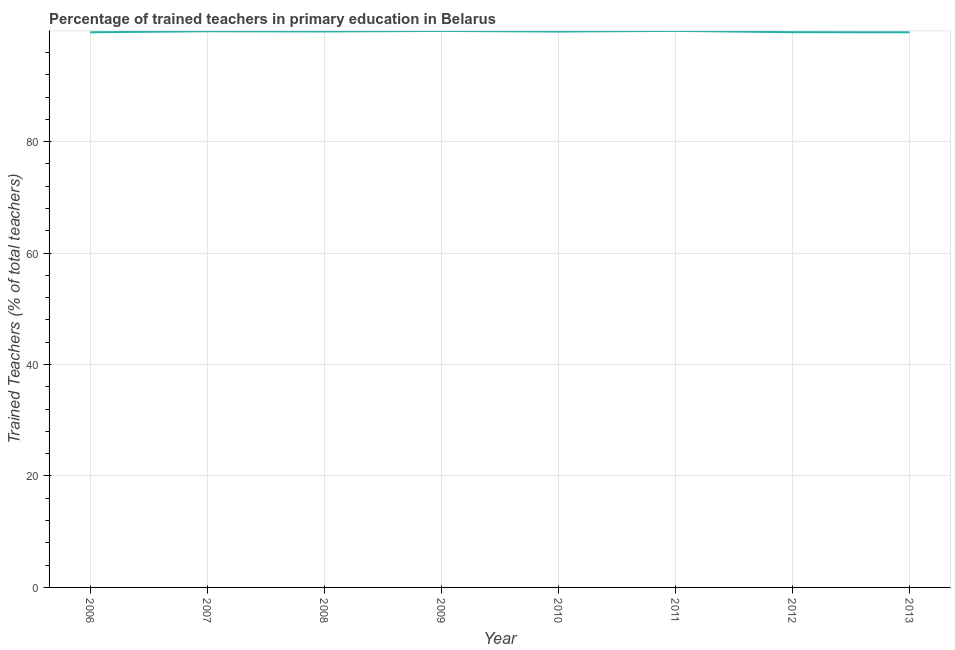
| Year | Trained teacher |
 | --- | --- |
 | 2006 | 99.6 |
 | 2007 | 99.8 |
 | 2008 | 99.8 |
 | 2009 | 99.9 |
 | 2010 | 99.8 |
 | 2011 | 99.9 |
 | 2012 | 99.6 |
 | 2013 | 99.6 |